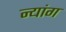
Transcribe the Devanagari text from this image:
न्यांग